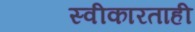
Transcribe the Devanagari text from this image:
स्वीकारताही